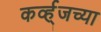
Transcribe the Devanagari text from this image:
कर्व्ह्जच्या